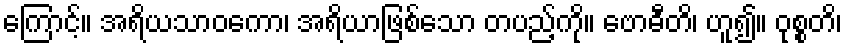
ကြောင့်။ အရိယသာဝကော၊ အရိယာဖြစ်သော တပည့်ကို။ ဗောဓီတိ၊ ဟူ၍။ ဝုစ္စတိ၊